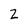
Character: 2